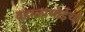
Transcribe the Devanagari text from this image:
वडाळाभोईचा